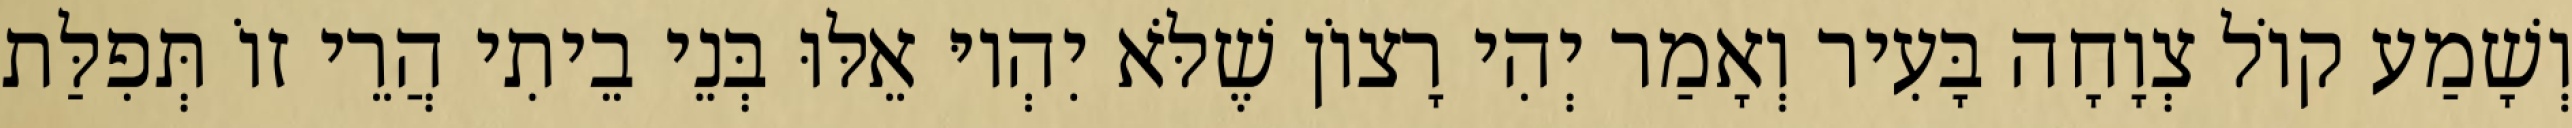
וְשָׁמַע קוֹל צְוָחָה בָּעִיר וְאָמַר יְהִי רָצוֹן שֶׁלֹּא יִהְיוּ אֵלּוּ בְּנֵי בֵיתִי הֲרֵי זוֹ תְּפִלַּת